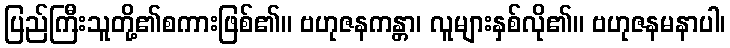
ပြည်ကြီးသူတို့၏စကားဖြစ်၏။ ဗဟုဇနကန္တာ၊ လူများနှစ်လို၏။ ဗဟုဇနမနာပါ၊